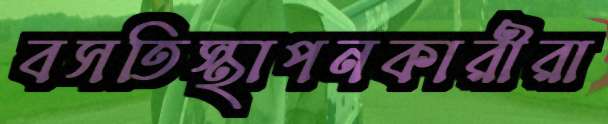
বসতিস্থাপনকারীরা